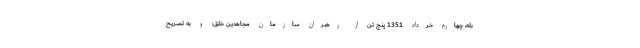
بله، چهارم خرداد 1351 پنج تن از رهبران سازمان مجاهدین خلق: و به تصریح